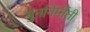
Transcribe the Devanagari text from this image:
पुनर्निर्मीती